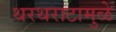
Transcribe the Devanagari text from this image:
थरथराटामुळे